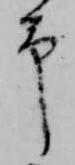
予